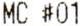
MC #01